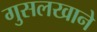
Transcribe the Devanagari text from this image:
गुसलखाने